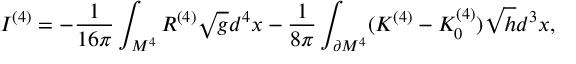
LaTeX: I ^ { ( 4 ) } = - { \frac { 1 } { 1 6 \pi } } \int _ { M ^ { 4 } } ^ { } R ^ { ( 4 ) } \sqrt { g } d ^ { 4 } x - { \frac { 1 } { 8 \pi } } \int _ { \partial M ^ { 4 } } ^ { } ( K ^ { ( 4 ) } - K _ { 0 } ^ { ( 4 ) } ) \sqrt { h } d ^ { 3 } x ,